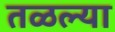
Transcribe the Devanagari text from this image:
तळल्या